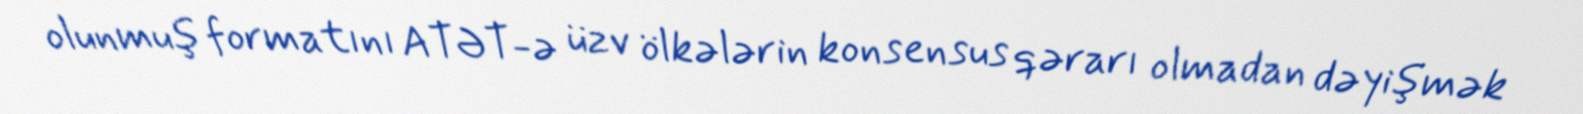
olunmuş formatını ATƏT-ə üzv ölkələrin konsensus qərarı olmadan dəyişmək